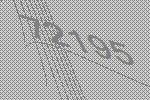
72195